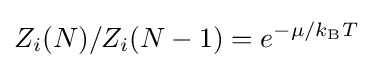
Z_{i}(N)/Z_{i}(N-1)=e^{-\mu /k_{\text{B}}T}